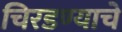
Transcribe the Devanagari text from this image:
चिरडण्‍याचे